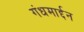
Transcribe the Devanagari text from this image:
गंधमार्द्दन